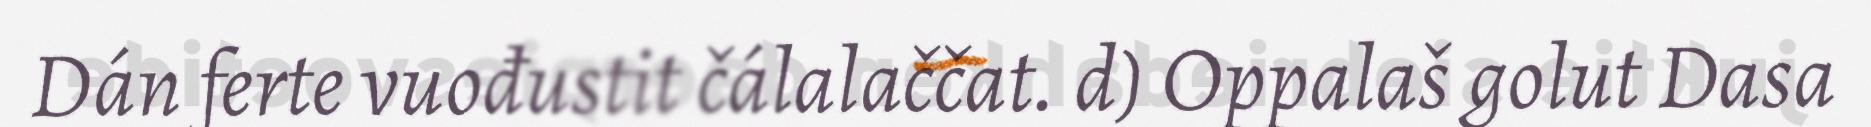
Dán ferte vuođustit čálalaččat. d) Oppalaš golut Dasa